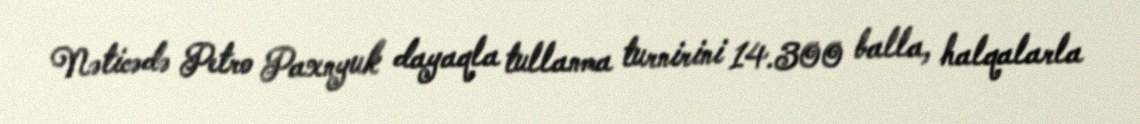
Nəticədə Petro Paxnyuk dayaqla tullanma turnirini 14.300 balla, halqalarla